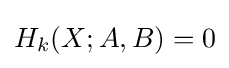
H_{k}(X;A,B)=0